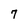
Character: 7